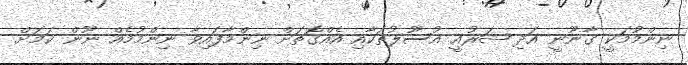
ނިންމުމަކީ ގާނޫނީ އަދި ޝަރުއީ އުސޫލުތަކާއި އެއްގޮތަށް ނިންމާފައިވާ ނިންމުމެއް ނޫން ކަމަށް